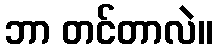
ဘာ တင်တာလဲ။